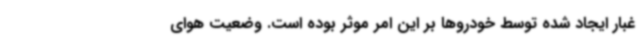
غبار ایجاد شده توسط خودروها بر این امر موثر بوده است. وضعیت هوای